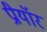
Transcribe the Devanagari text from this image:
प्रीयॉर